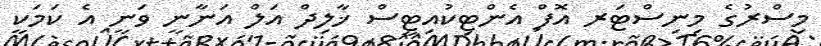
މިސްރުގެ މިނިސްޓަރ އޮފް އެންޓިކުއިޓީސް ޚާލިދް އަލް އަނާނީ ވަނީ އެ ކަމަކީ